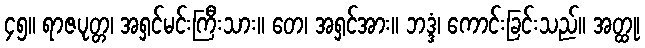
၄၅။ ရာဇပုတ္တ၊ အရှင်မင်းကြီးသား။ တေ၊ အရှင်အား။ ဘဒ္ဒံ၊ ကောင်းခြင်းသည်။ အတ္ထု၊